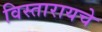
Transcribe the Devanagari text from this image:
विस्तारायचे